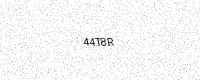
Text: 44T8R